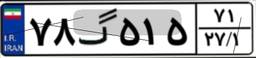
۷۸گ۵۱۵۷۱